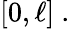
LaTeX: [0,\ell]~.